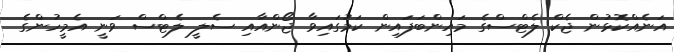
އަނެއްކޮޅުން ޖެކް ލެޓްސްގެ މައިންބަފައިން ކަމުގައިވާ ޖޯންއާއި ސެލީ ލެޓްސް ވަނީ އެމީހުންގެ